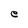
Character: e